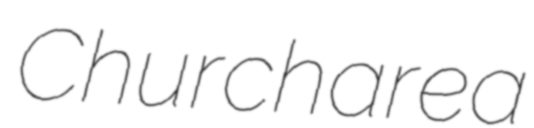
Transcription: Church area